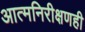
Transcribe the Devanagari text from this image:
आत्मनिरीक्षणही